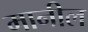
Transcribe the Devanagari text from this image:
मानील